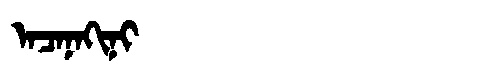
Manchu: ᠠᠴᠠᠨᠠᡴᡳᠨᡳ
Romanization: ACANAKINI